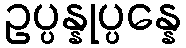
ဥပ္ပန္နုပ္ပန္နေ